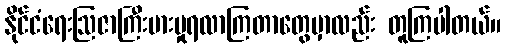
နိုင်ငံရေးဩဇာကြီးမားမှုရလာကြတာတွေမှာလည်း တူကြပါတယ်။